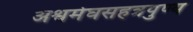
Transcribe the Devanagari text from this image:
अश्वमेघसहत्रपुण्य